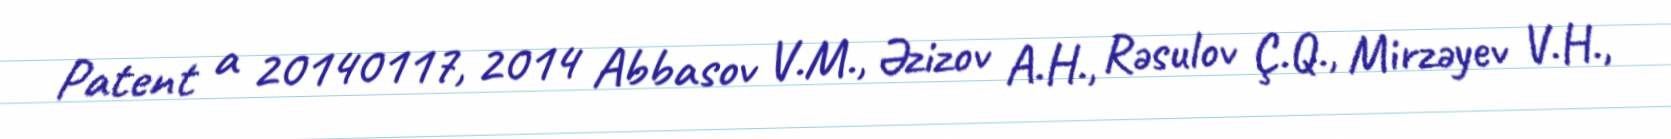
Patent a 20140117, 2014 Abbasov V.M., Əzizov A.H., Rəsulov Ç.Q., Mirzəyev V.H.,